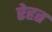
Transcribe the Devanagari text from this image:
रेहत